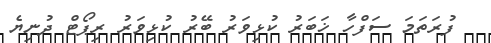
ފުރަތަމަ ސަފްހާ ޚަބަރު ކުޅިވަރު ބޭރު ކުޅިވަރު ރިޕޯޓް ދުނިޔެ